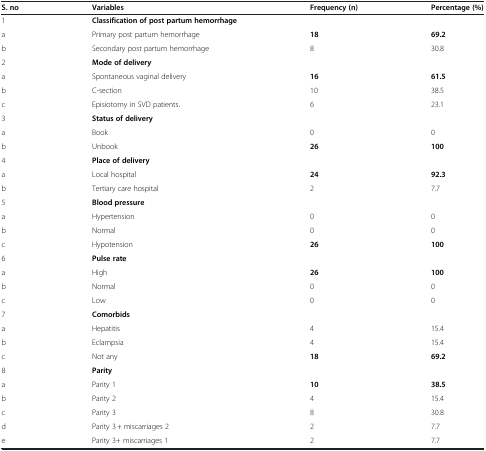
<table><thead><tr><td><b>S. no</b></td><td><b>Variables</b></td><td><b>Frequency (n)</b></td><td><b>Percentage (%)</b></td></tr></thead><tbody><tr><td>1</td><td><b>Classification of post partum hemorrhage</b></td><td> </td><td> </td></tr><tr><td>a</td><td>Primary post partum hemorrhage</td><td><b>18</b></td><td><b>69.2</b></td></tr><tr><td>b</td><td>Secondary post partum hemorrhage</td><td>8</td><td>30.8</td></tr><tr><td>2</td><td><b>Mode of delivery</b></td><td> </td><td> </td></tr><tr><td>a</td><td>Spontaneous vaginal delivery</td><td><b>16</b></td><td><b>61.5</b></td></tr><tr><td>b</td><td>C-section</td><td>10</td><td>38.5</td></tr><tr><td>c</td><td>Episiotomy in SVD patients.</td><td>6</td><td>23.1</td></tr><tr><td>3</td><td><b>Status of delivery</b></td><td> </td><td> </td></tr><tr><td>a</td><td>Book</td><td>0</td><td>0</td></tr><tr><td>b</td><td>Unbook</td><td><b>26</b></td><td><b>100</b></td></tr><tr><td>4</td><td><b>Place of delivery</b></td><td> </td><td> </td></tr><tr><td>a</td><td>Local hospital</td><td><b>24</b></td><td><b>92.3</b></td></tr><tr><td>b</td><td>Tertiary care hospital</td><td>2</td><td>7.7</td></tr><tr><td>5</td><td><b>Blood pressure</b></td><td> </td><td> </td></tr><tr><td>a</td><td>Hypertension</td><td>0</td><td>0</td></tr><tr><td>b</td><td>Normal</td><td>0</td><td>0</td></tr><tr><td>c</td><td>Hypotension</td><td><b>26</b></td><td><b>100</b></td></tr><tr><td>6</td><td><b>Pulse rate</b></td><td> </td><td> </td></tr><tr><td>a</td><td>High</td><td><b>26</b></td><td><b>100</b></td></tr><tr><td>b</td><td>Normal</td><td>0</td><td>0</td></tr><tr><td>c</td><td>Low</td><td>0</td><td>0</td></tr><tr><td>7</td><td><b>Comorbids</b></td><td> </td><td> </td></tr><tr><td>a</td><td>Hepatitis</td><td>4</td><td>15.4</td></tr><tr><td>b</td><td>Eclampsia</td><td>4</td><td>15.4</td></tr><tr><td>c</td><td>Not any</td><td><b>18</b></td><td><b>69.2</b></td></tr><tr><td>8</td><td><b>Parity</b></td><td> </td><td> </td></tr><tr><td>a</td><td>Parity 1</td><td><b>10</b></td><td><b>38.5</b></td></tr><tr><td>b</td><td>Parity 2</td><td>4</td><td>15.4</td></tr><tr><td>c</td><td>Parity 3</td><td>8</td><td>30.8</td></tr><tr><td>d</td><td>Parity 3 + miscarriages 2</td><td>2</td><td>7.7</td></tr><tr><td>e</td><td>Parity 3+ miscarriages 1</td><td>2</td><td>7.7</td></tr></tbody></table>